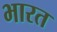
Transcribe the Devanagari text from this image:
भारत